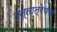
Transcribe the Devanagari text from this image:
दत्तात्रेयच